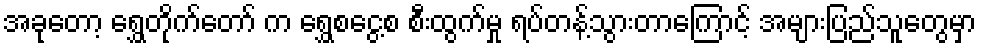
အခုတော့ ရွှေတိုက်တော် က ရွှေစငွေ့စ စီးထွက်မှု ရပ်တန့်သွားတာကြောင့် အများပြည်သူတွေမှာ